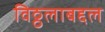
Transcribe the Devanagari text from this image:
विठ्ठलाबद्दल